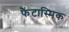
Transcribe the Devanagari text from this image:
फैंटास्मिक